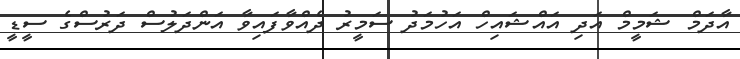
އާދަމް ޝަމީމް އަދި އައްޝައިހް އަހުމަދު ސަމީރު ދެއްވާފައިވާ އަންދަލުސް ދަރުސްގެ ސީޑީ